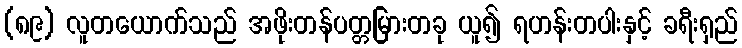
(၈၉) လူတယောက်သည် အဖိုးတန်ပတ္တမြားတခု ယူ၍ ရဟန်းတပါးနှင့် ခရီးရှည်